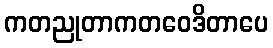
ကတညုတာကတဝေဒိတာပေ